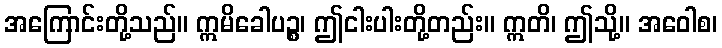
အကြောင်းတို့သည်။ ဣမိခေါပဉ္စ၊ ဤငါးပါးတို့တည်း။ ဣတိ၊ ဤသို့။ အဝေါစ၊